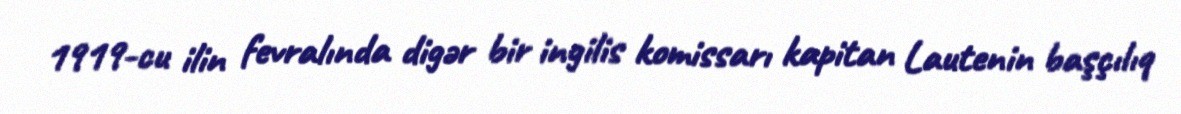
1919-cu ilin fevralında digər bir ingilis komissarı kapitan Lautenin başçılıq